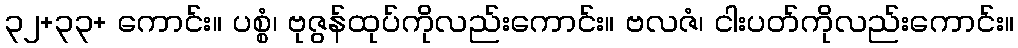
၃၂+၃၃+ ကောင်း။ ပစ္စံ၊ ဗုဇွန်ထုပ်ကိုလည်းကောင်း။ ဗလဇံ၊ ငါးပတ်ကိုလည်းကောင်း။